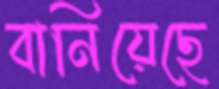
বানিয়েছে